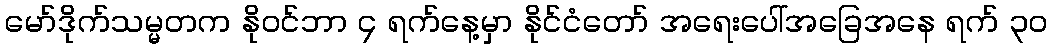
မော်ဒိုက်သမ္မတက နိုဝင်ဘာ ၄ ရက်နေ့မှာ နိုင်ငံတော် အရေးပေါ်အခြေအနေ ရက် ၃၀